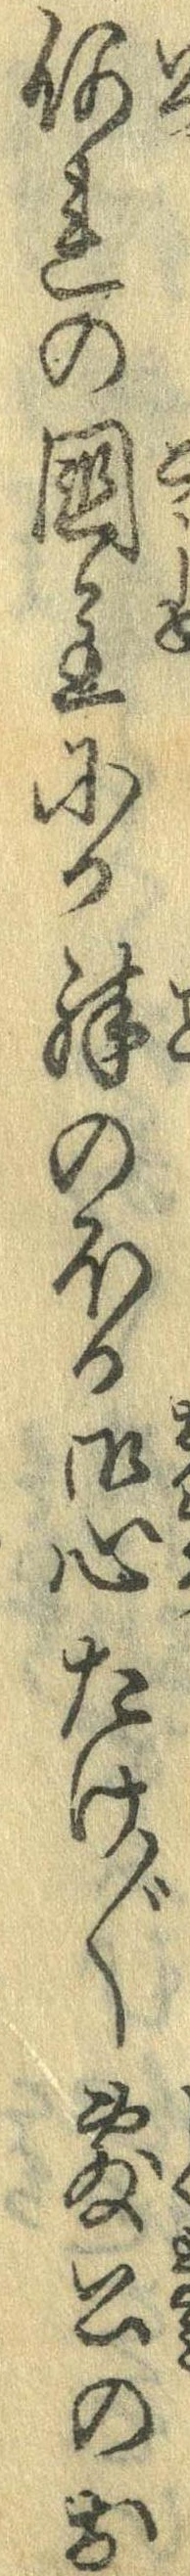
何れの国主にか殊のほか御心たけ〲敷公のお